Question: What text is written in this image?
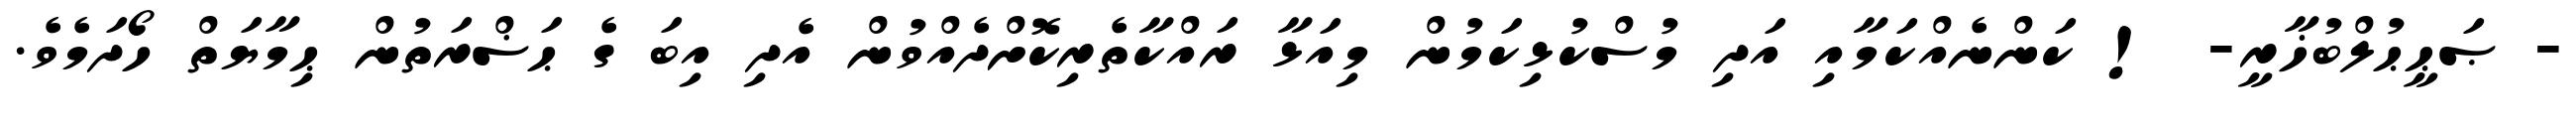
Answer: - ޞަޙީޙުލްބުޚާރީ- ! ކަންނެއްކަމާއި އަދި މުސްކުޅިކަމުން މިއަޅާ ރައްކާތެރިކޮށްދެއްވުން އެދި އިބަ ގެ ޙަޟްރަތުން ޙިމާޔަތް ހޯދަމެވެ.